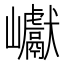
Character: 巘